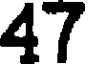
47